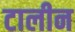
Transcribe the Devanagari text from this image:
टालीन